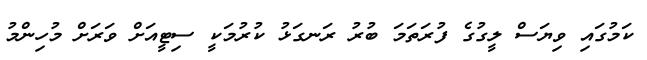
ކަމުގައި ވިޔަސް ލީގުގެ ފުރަތަމަ ބުރު ރަނގަޅު ކުރުމަކީ ސިޓީއަށް ވަރަށް މުހިންމު